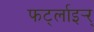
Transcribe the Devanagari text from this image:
फर्ट्लाइर्‍र्